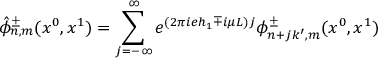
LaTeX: \hat { \phi } _ { n , m } ^ { \pm } ( x ^ { 0 } , x ^ { 1 } ) = \sum _ { j = - \infty } ^ { \infty } e ^ { ( 2 \pi i e h _ { 1 } \mp i \mu L ) j } \phi _ { n + j k ^ { \prime } , m } ^ { \pm } ( x ^ { 0 } , x ^ { 1 } )